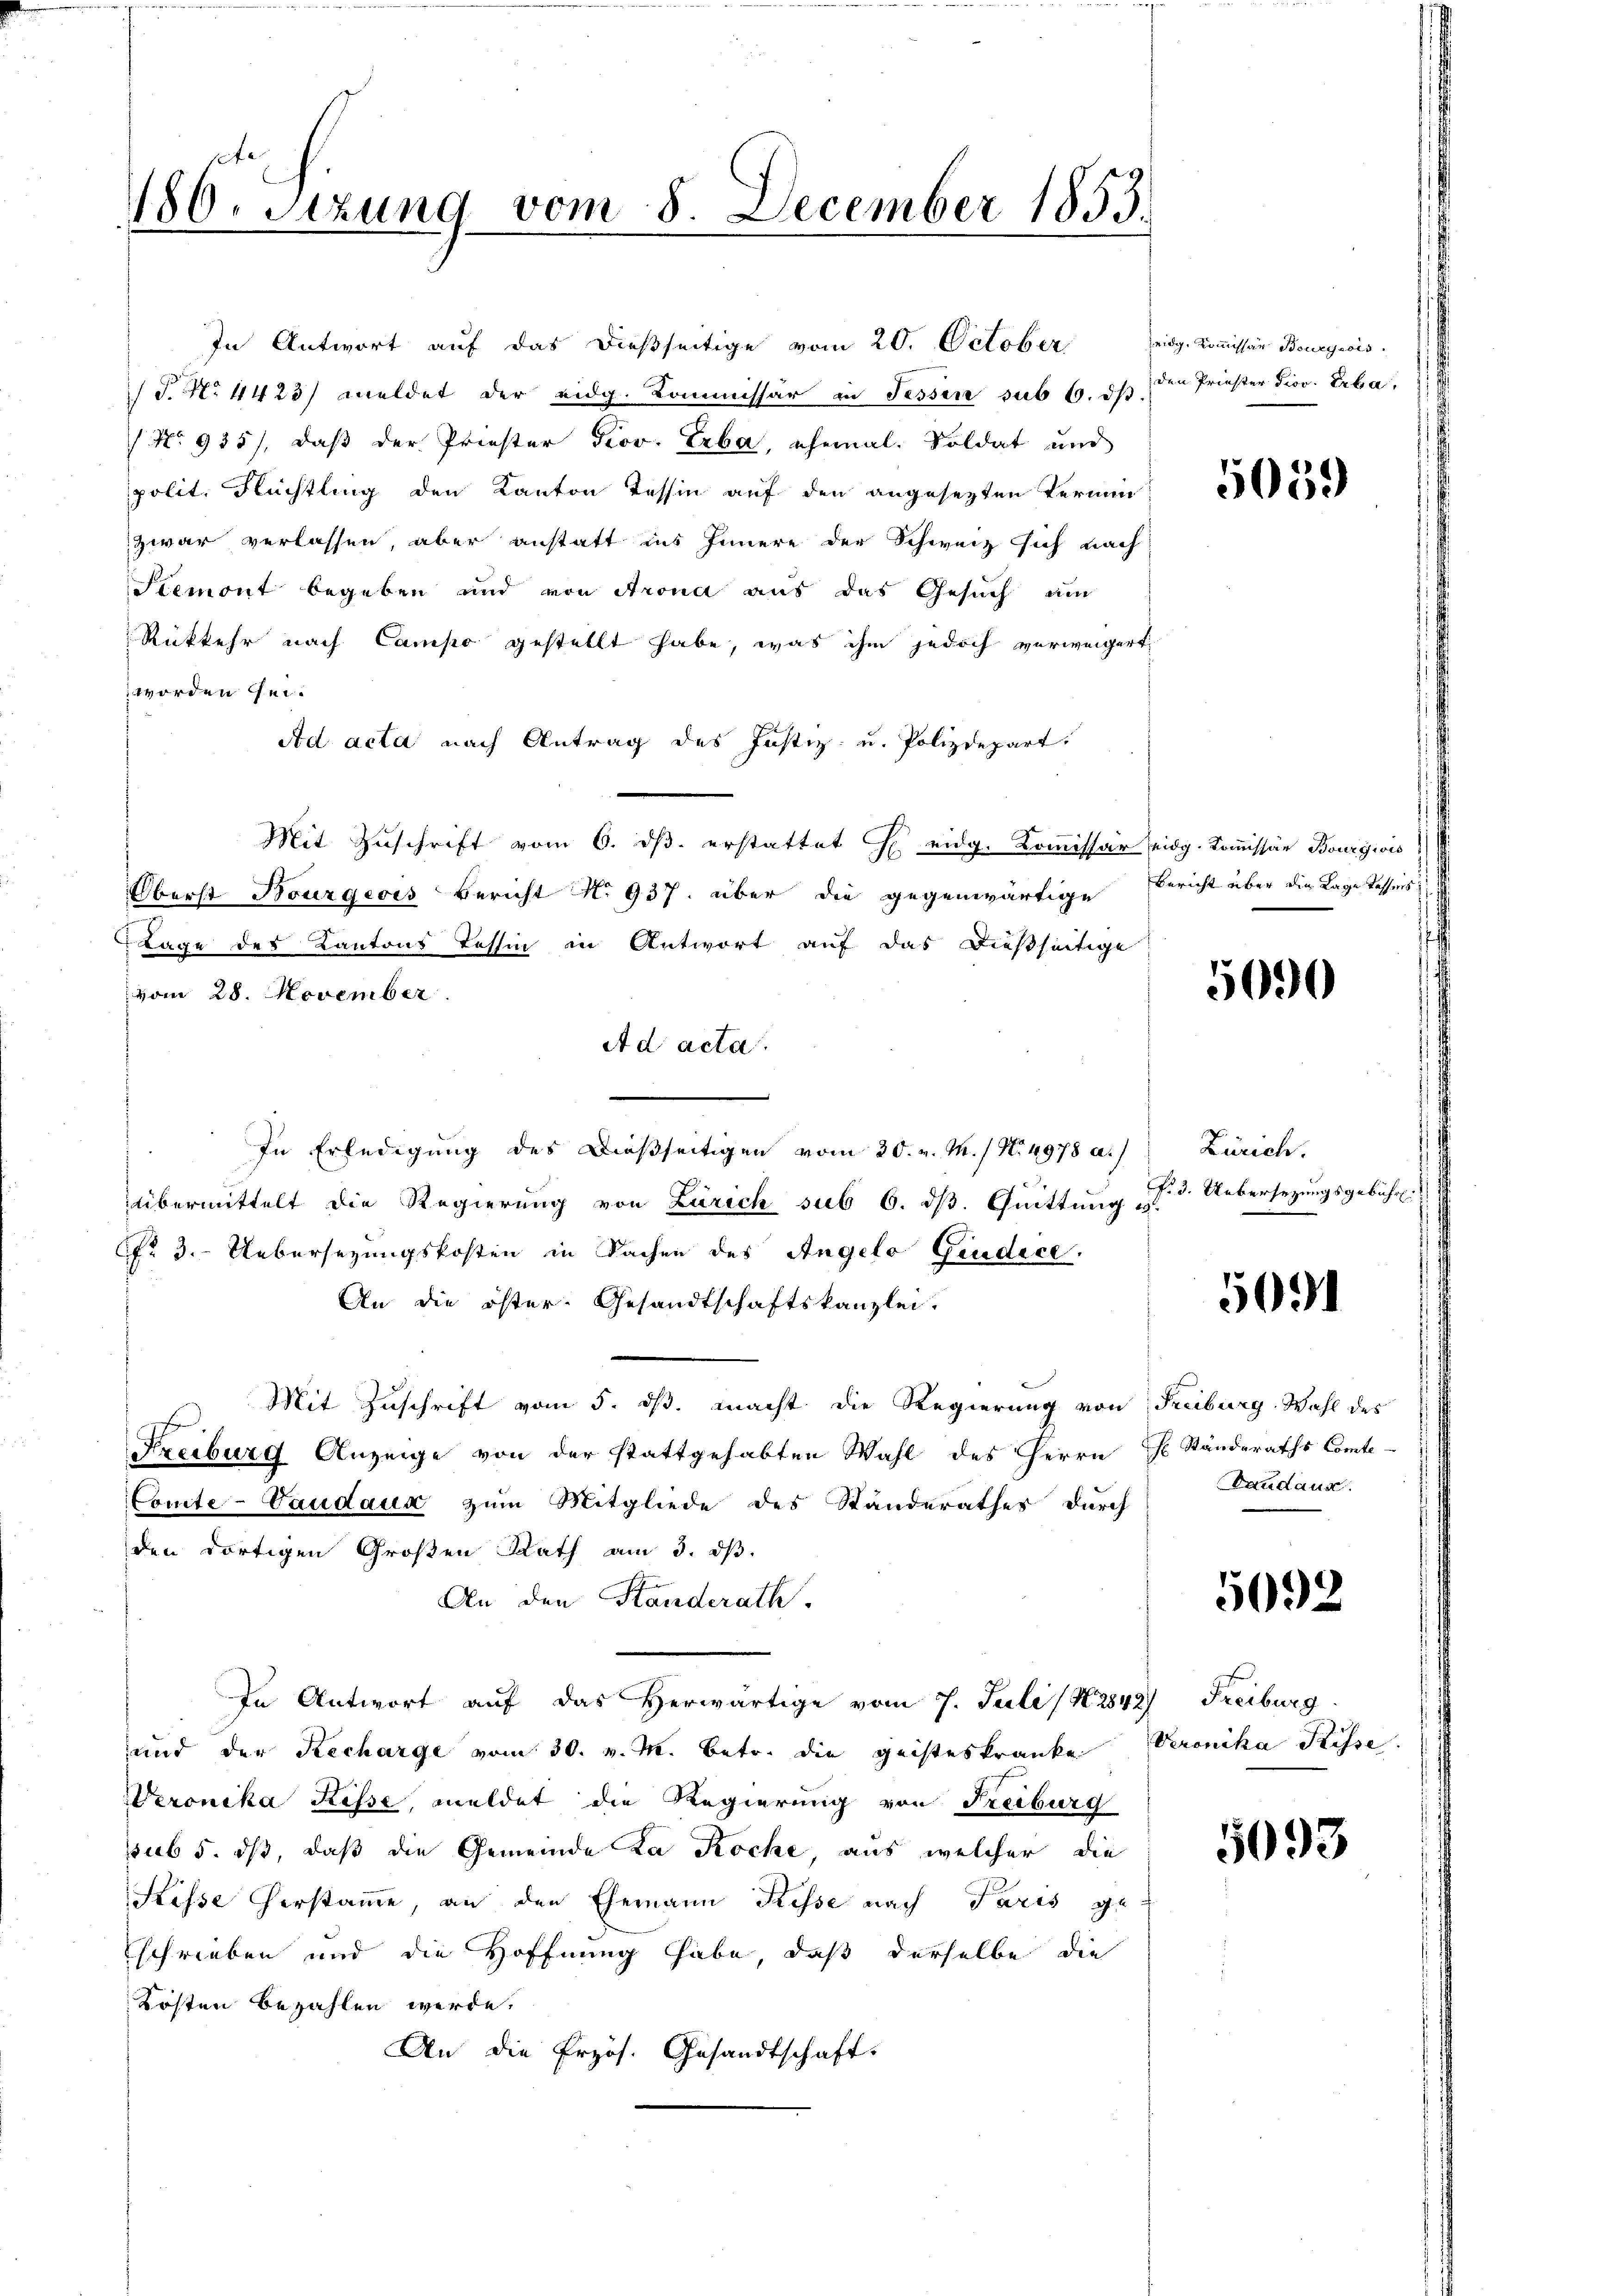
180. Stzung vom 8. December 1853.

In Antwort auf das dießseitige vom 20. October
J. N. 4423/ meldet der eidg. Kommissär in Fessen sub 6. ds.
(No 935), daß der Priester Prov. Erba, ehemal. Soldat und
polit. Flüchtling den Kanton Tessin auf den angesetzten Termin
zwar verlassen, aber anstatt ins Innere der Schweiz sich nach
Stemont begeben und von Arona aus das Gesuch um
Rükkehr nach Campo gestellt habe, was ihm jedoch verweigert
 worden sei.
Ad acta nach Antrag des Justiz- u. Polizdepart.
Mit Zŭschrift vom 6. dβ. erstattet H eidg. Kommissär eidg. Kommissär Bourgivis
Oberst Bourgeois Bericht No. 937. über die gegenwärtige Bericht über die Lage Tassens
Lage des Kantons Tessin in Antwort auf das dießseitige
vom 28. November
A d acta.
In Erledigung des Dießseitigen vom 30. v. M. / No. 4978 a.
übermittelt die Regierung von Zürich sub 6. ds. Quittung u. 3. Uebersezungsgebühr.
No. 3. Uebersezungskosten in Sachen des Angelo Giudice.
An die öster. Gesandtschaftskanzlei.
Mit Zuschrift vom 5. ds. macht die Regierung von Freiburg Wahl des
E
Freiburg Anzeige von der stattgehabten Wahl des Herrn J. Standeraths Comto
Comte-Vaudaux zum Mitgliede des Standerathes durch
den dortigen Großen Rath am 3. ds.
An den Standerath.
In Antwort auf das Herwärtige vom 7. Juli / N. 2842) Freiburg
und der Recharge vom 30. v. M. betr. die geisteskranke Veronika Suisse.
Veronika Risse, meldet die Regierung von Freiburg
sub 5. dß, daß die Gemeinde La Roche, aus welcher die
Stisse herstamme, an den Ehemann Kesse nach Paris ge-
schrieben und die Hoffnung habe, daß derselbe die
Kosten bezahlen werde.
An die Erzös. Gesandtschaft.

eidg. Kommissär Bourgeois.
den Priester Piov. Erba

5059

5090

Zürich.

5091

Vandaus

5092

5093